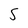
Character: S